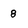
Character: 8